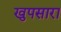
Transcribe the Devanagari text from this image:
खुपसारा